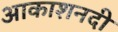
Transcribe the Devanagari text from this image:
आकाशनदी